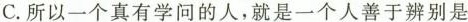
C.所以一个真有学问的人，就是一个人善于辨别是